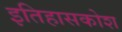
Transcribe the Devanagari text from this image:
इतिहासकोश